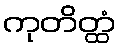
ကုတိတ္ထံ